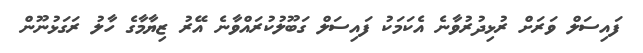
ފައިސަލް ވަރަށް ރުޅިދުރުވާނެ އެކަމަކު ފައިސަލް ގަބޫލުކުރައްވާނެ އޭރު ޒިޔާމާގެ ހާލު ރަގަޅުނޫން